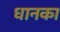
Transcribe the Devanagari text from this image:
धानका